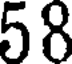
58